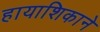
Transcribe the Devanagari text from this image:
हायाशिकाने